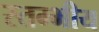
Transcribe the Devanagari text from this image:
स्तम्भीय